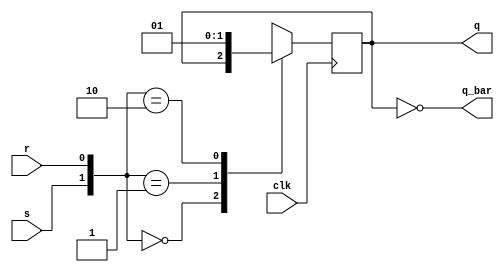
module srflipflop (output reg q, output q_bar,input clk, r, s);
    always@(posedge clk) begin // for synchronous reset
      case({s,r})
        2'b00: q <= q;    // No change
        2'b01: q <= 1'b0; // reset
        2'b10: q <= 1'b1; // set
        2'b11: q <= 1'bx; // Invalid inputs
      endcase
    end
  assign q_bar = ~q;
endmodule